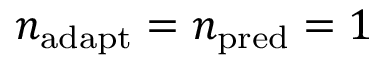
n _ { \mathrm { a d a p t } } = n _ { \mathrm { p r e d } } = 1